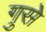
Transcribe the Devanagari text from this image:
गुसे